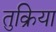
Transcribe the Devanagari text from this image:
तुक्रिया